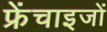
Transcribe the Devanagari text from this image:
फ्रेंचाइजों